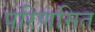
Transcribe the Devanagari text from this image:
परिणमित